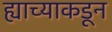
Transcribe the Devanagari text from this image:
ह्याच्याकडून